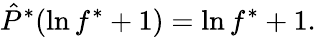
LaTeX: \hat{P}^{*}(\ln f^{*}+1)=\ln f^{*}+1.